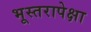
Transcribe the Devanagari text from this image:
भूस्तरापेक्षा